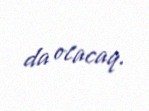
da olacaq.